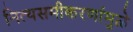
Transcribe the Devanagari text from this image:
नित्यसमीकरणांमुळे